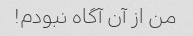
من از آن آگاه نبودم!